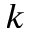
k